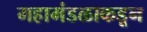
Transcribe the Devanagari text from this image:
महामंडळाकडून